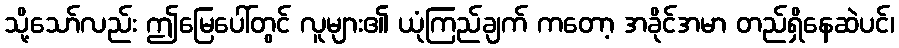
သို့သော်လည်း ဤမြေပေါ်တွင် လူများ၏ ယုံကြည်ချက် ကတော့ အခိုင်အမာ တည်ရှိနေဆဲပင်၊